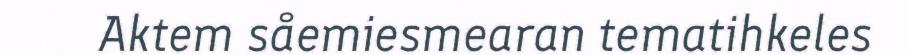
Aktem såemiesmearan tematihkeles